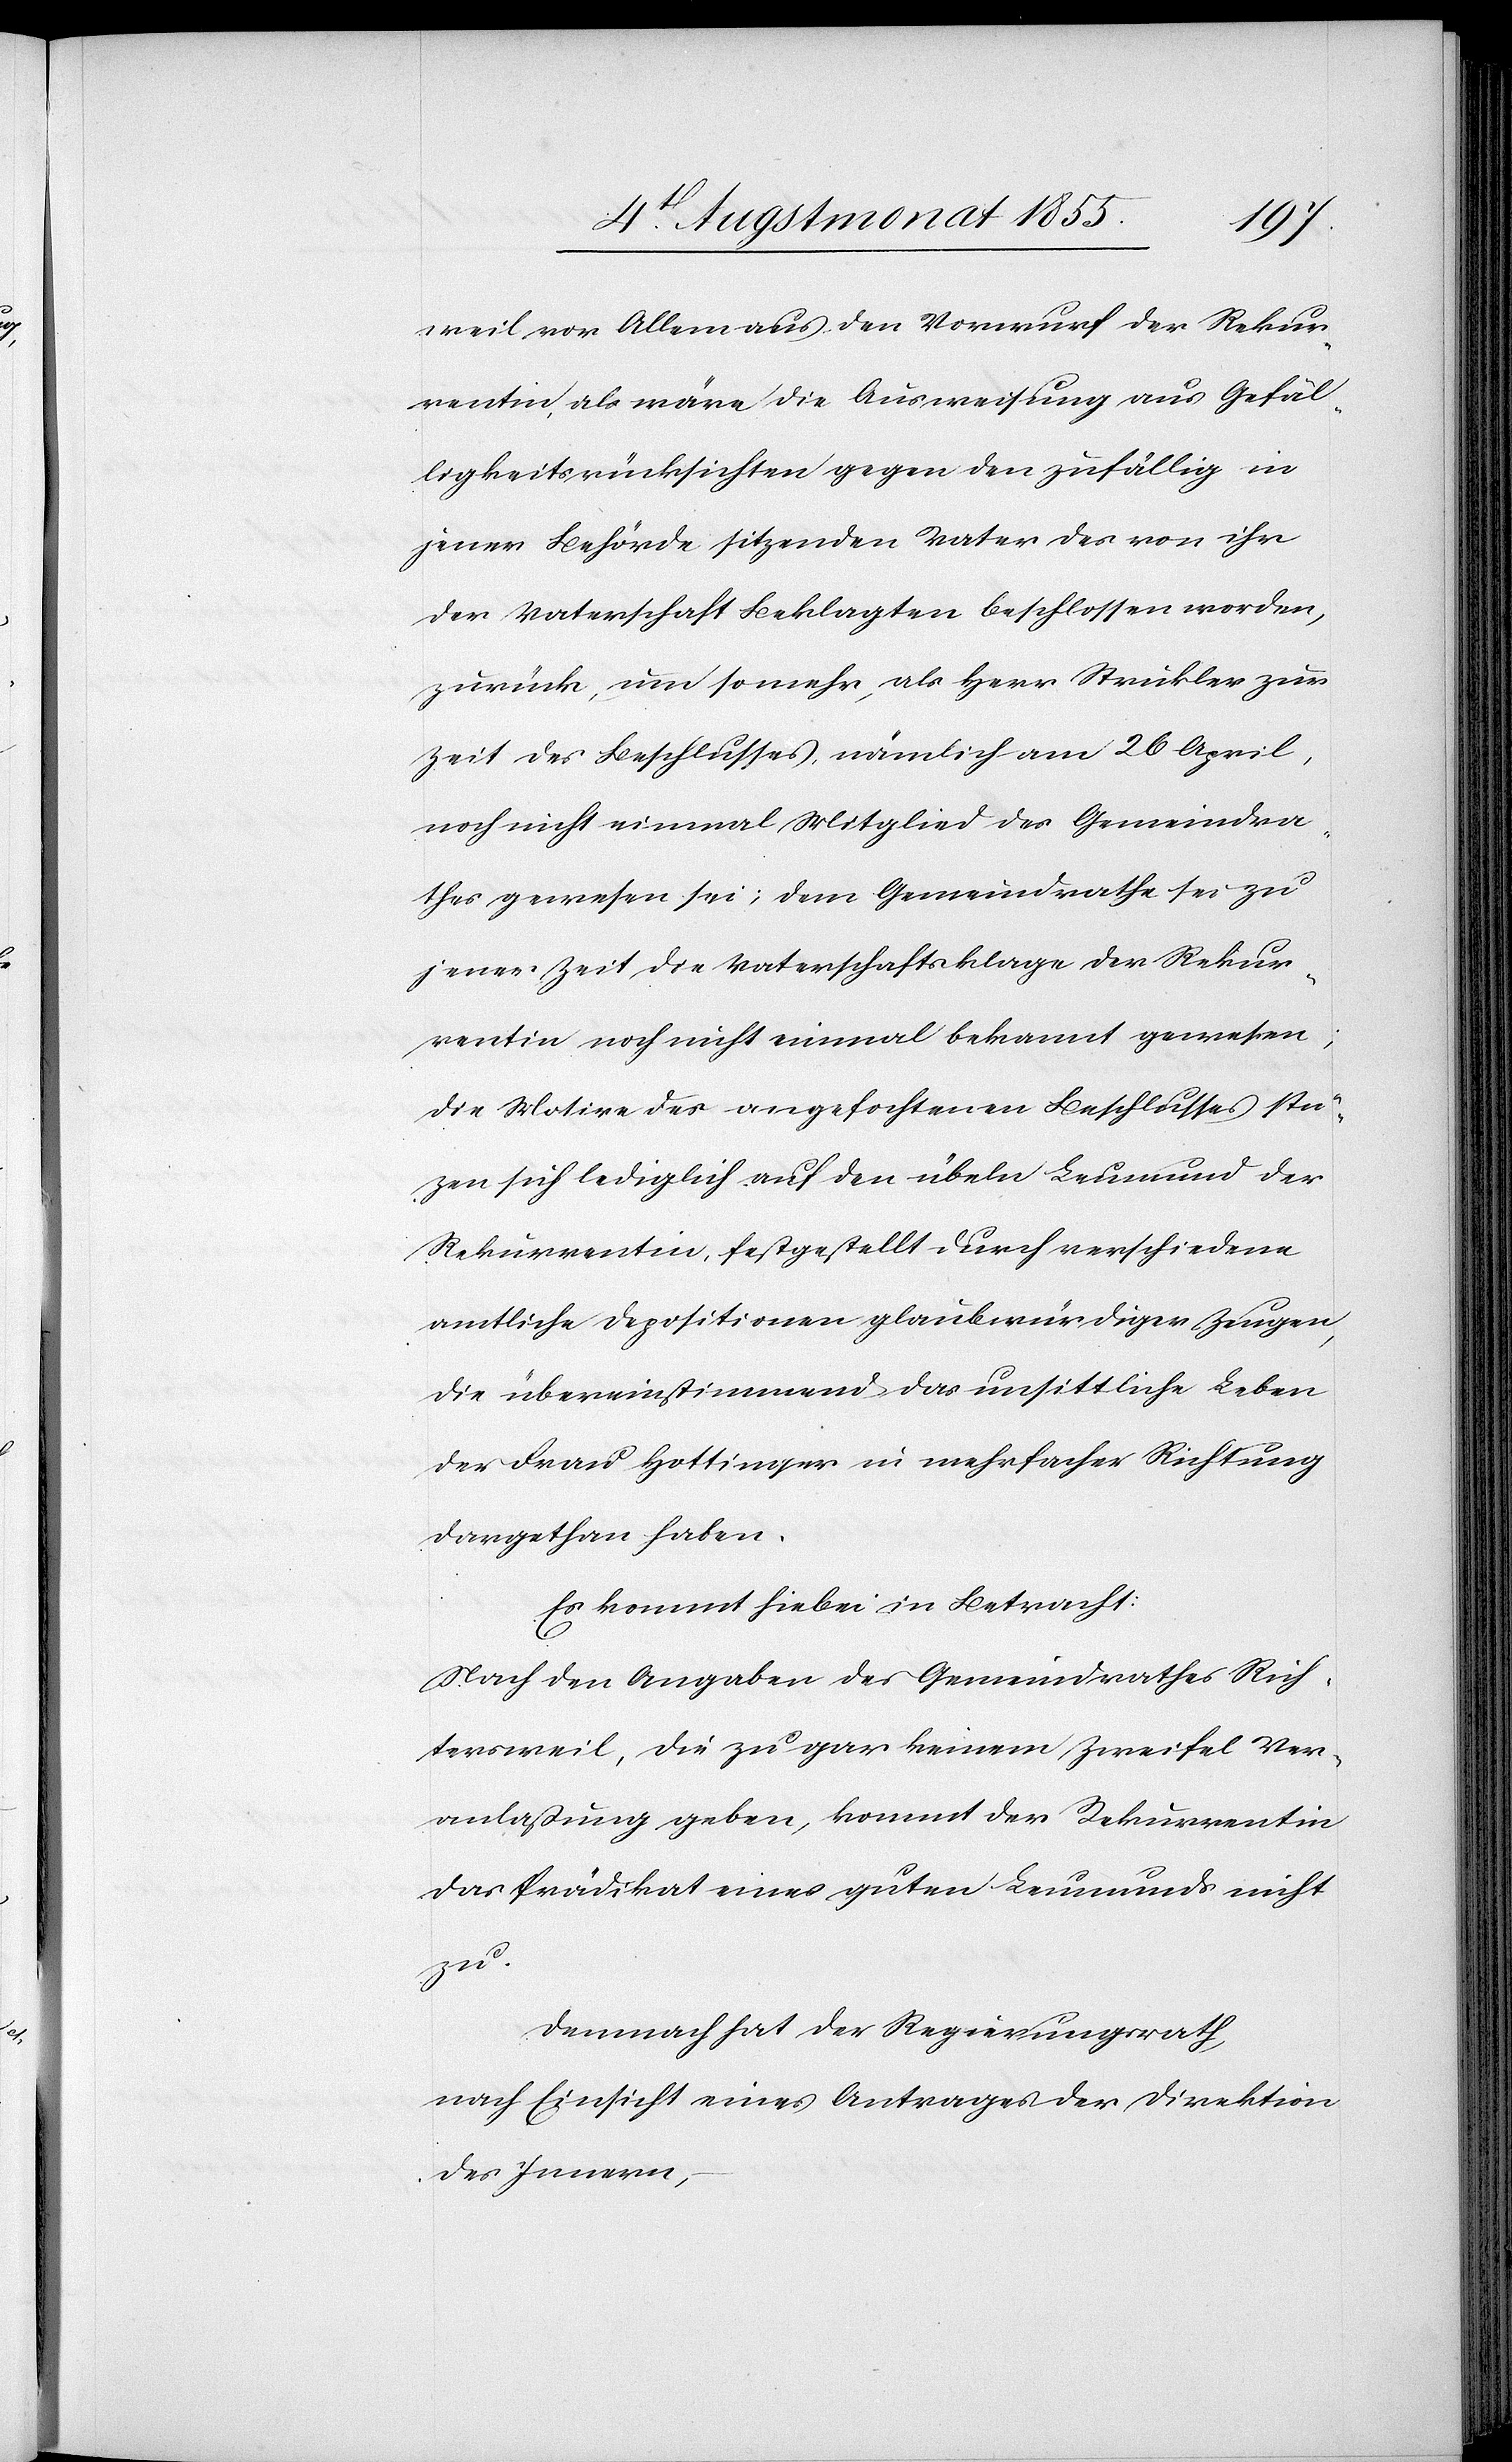
weil vor Allem aus den Vorwurf der Rekur¬
rentin, als wäre die Ausweisung aus Gefäl¬
ligkeitsrücksichten gegen den zufällig in
jener Behörde sitzenden Vater des von ihr
der Vaterschaft Beklagten beschlossen worden,
zurück, um so mehr, als Herr Strickler zur
Zeit des Beschlusses, nämlich am 26 April,
noch nicht einmal Mitglied des Gemeindra¬
thes gewesen sei; dem Gemeindrathe sei zu
jener Zeit die Vaterschaftsklage der Rekur¬
rentin noch nicht einmal bekannt gewesen;
die Motive des angefochtenen Beschlusses stü¬
zen sich lediglich auf den übeln Leumund der
Rekurrentin, festgestellt durch verschiedene
amtliche Depositionen glaubwürdiger Zeugen,
die übereinstimmend das unsittliche Leben
der Frau Hottinger in mehrfacher Richtung
dargethan haben.
Es kommt hiebei in Betracht:
Nach den Angaben des Gemeindrathes Rich¬
tersweil, die zu gar keinem Zweifel Ver¬
anlaßung geben, kommt der Rekurrentin
das Prädikat eines guten Leumunds nicht
zu.
Demnach hat der Regierungsrath,
nach Einsicht eines Antrages der Direktion
des Innern,